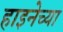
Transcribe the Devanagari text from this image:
हाइनेच्या